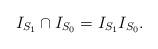
LaTeX: \begin{align*}I_{S_1}\cap I_{S_0}=I_{S_1} I_{S_0}. \end{align*}